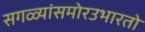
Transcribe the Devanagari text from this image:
सगळ्यांसमोरउभारतो